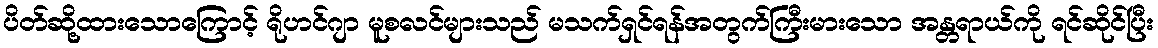
ပိတ်ဆို့ထားသောကြောင့် ရိုဟင်ဂျာ မူစလင်များသည် မသက်ရှင်ရန်အတွက်ကြီးမားသော အန္တရာယ်ကို ရင်ဆိုင်ပြီး